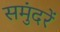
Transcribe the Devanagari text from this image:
समुंदरें